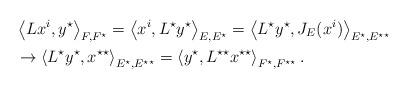
LaTeX: \begin{align*} &\left<Lx^i, y^\star \right>_{F,F^\star} = \left<x^i, L^\star y^\star \right>_{E,E^\star} = \left< L^{\star}y^{\star}, J_E(x^i)\right>_{E^\star, E^{\star\star}}\\ &\to \left< L^{\star}y^\star, x^{\star\star} \right>_{E^\star, E^{\star\star}} = \left<y^\star, L^{\star\star} x^{\star\star} \right>_{F^\star,F^{\star\star}}.\end{align*}